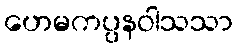
ဟေမကပ္ပနဝါသသာ